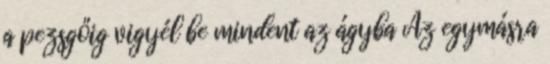
a pezsgőig vigyél be mindent az ágyba Az egymásra